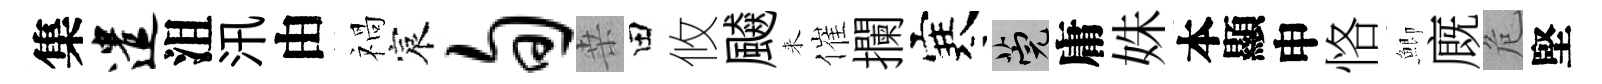
集遣沮汛由禍宸旬桒田攸飇来催攔寒筦庸姝本顯申恪鯽廐危堅